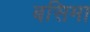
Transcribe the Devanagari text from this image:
बसिमा